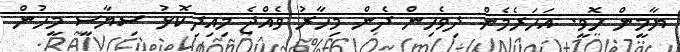
ޔާމީން ހޮވީ. އަހަރެމެން ދިވެހިން ދެން މިހާރު ވެއްޖެ މިއިދިކޮޅު ސިޔާސީ މީހުން